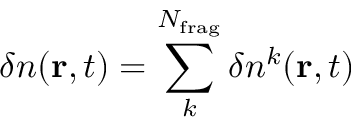
\delta n ( { \bf r } , t ) = \sum _ { k } ^ { N _ { \mathrm { f r a g } } } \delta n ^ { k } ( { \bf r } , t )